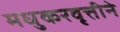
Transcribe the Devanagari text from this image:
मधुकरवृत्तीने